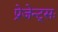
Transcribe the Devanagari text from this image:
प्रेजेन्ट्सः